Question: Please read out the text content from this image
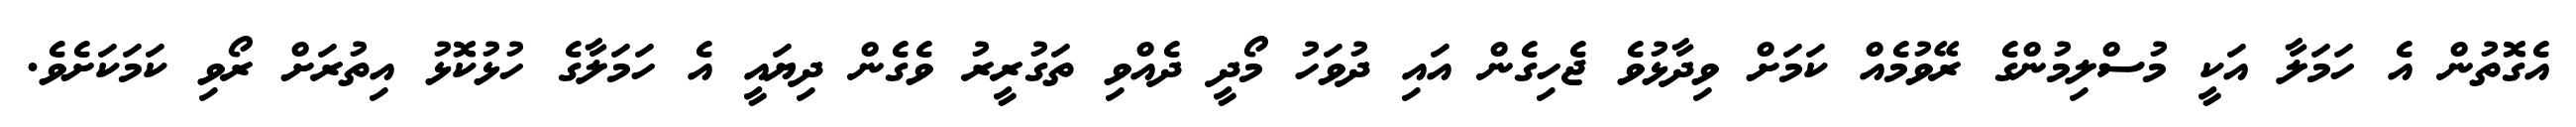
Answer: އެގޮތުން އެ ހަމަލާ އަކީ މުސްލިމުންގެ ރޭވުމެއް ކަމަށް ވިދާޅުވެ ޖެހިގެން އައި ދުވަހު މޯދީ ދެއްވި ތަގުރީރު ވެގެން ދިޔައީ އެ ހަމަލާގެ ހުޅުކޮޅު އިތުރަށް ރޯވި ކަމަކަށެވެ.